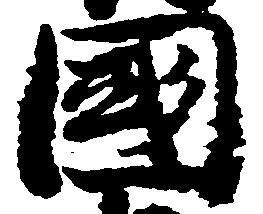
国